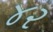
૪૨